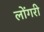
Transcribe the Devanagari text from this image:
लोंगरी